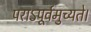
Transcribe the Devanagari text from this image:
पराऽपूर्वमुच्यते।